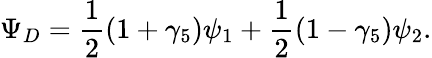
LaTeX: \Psi_{D}=\frac{1}{2}(1+\gamma_{5})\psi_{1}+\frac{1}{2}(1-\gamma_{5})\psi_{2}.